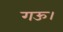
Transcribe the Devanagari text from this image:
गऊ।